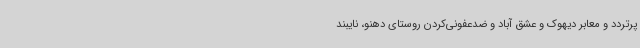
پرتردد و معابر دیهوک و عشق آباد و ضدعفونی‌کردن روستای دهنو، نایبند